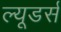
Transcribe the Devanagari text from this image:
ल्यूडर्स